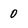
Character: 0